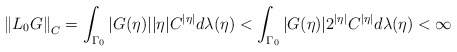
\begin{align*}\left\Vert L_{0}G\right\Vert_{C} =\int_{\Gamma_0} |G(\eta)||\eta|C^{|\eta|} d\lambda ( \eta)<\int_{\Gamma_0} |G(\eta)|2^{|\eta|}C^{|\eta|} d\lambda (\eta)<\infty\end{align*}